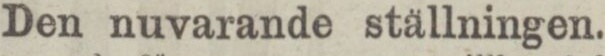
Den nuvarande ställningen.